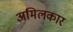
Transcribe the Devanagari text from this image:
अमिलकार